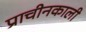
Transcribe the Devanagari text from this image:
प्राचीनकाली